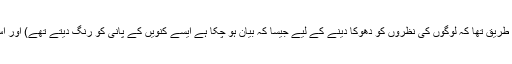
اس کنویں کا پانی مہندی کے پانی کی طرح سرخی مائل ہو رہا ہے (یہودیوں کا طریق تھا کہ لوگوں کی نظروں کو دھوکا دینے کے لیے جیسا کہ بیان ہو چکا ہے ایسے کنویں کے پانی کو رنگ دیتے تھے) اور اس کے کھجور کے درخت، تھوہر کے درختوں کی طرح مکروہ نظر آتے تھے۔